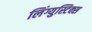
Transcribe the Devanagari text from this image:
लिंग्युस्टिक्स